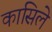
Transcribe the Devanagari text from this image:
कासिले